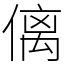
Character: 𠌯